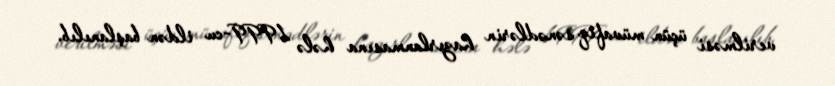
verilməsi üçün müvafiq sənədlərin hazırlanmasına hələ 1999-cu ildən başlanılıb.